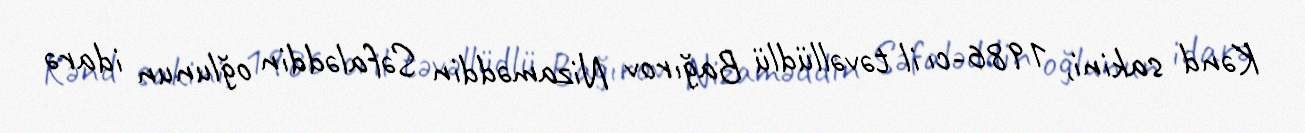
Kənd sakini, 1986-cı il təvəllüdlü Bağırov Nizaməddin Səfaləddin oğlunun idarə